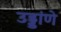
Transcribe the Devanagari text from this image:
उड्डांणे